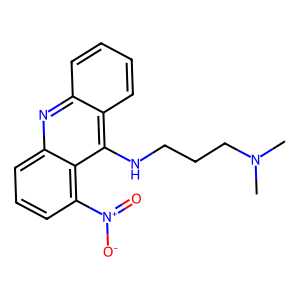
SMILES: CN(C)CCCNc1c2ccccc2nc2cccc([N+](=O)[O-])c12
Inhibits HIV replication: No